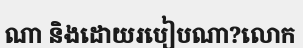
ណា និងដោយរបៀបណា?លោក